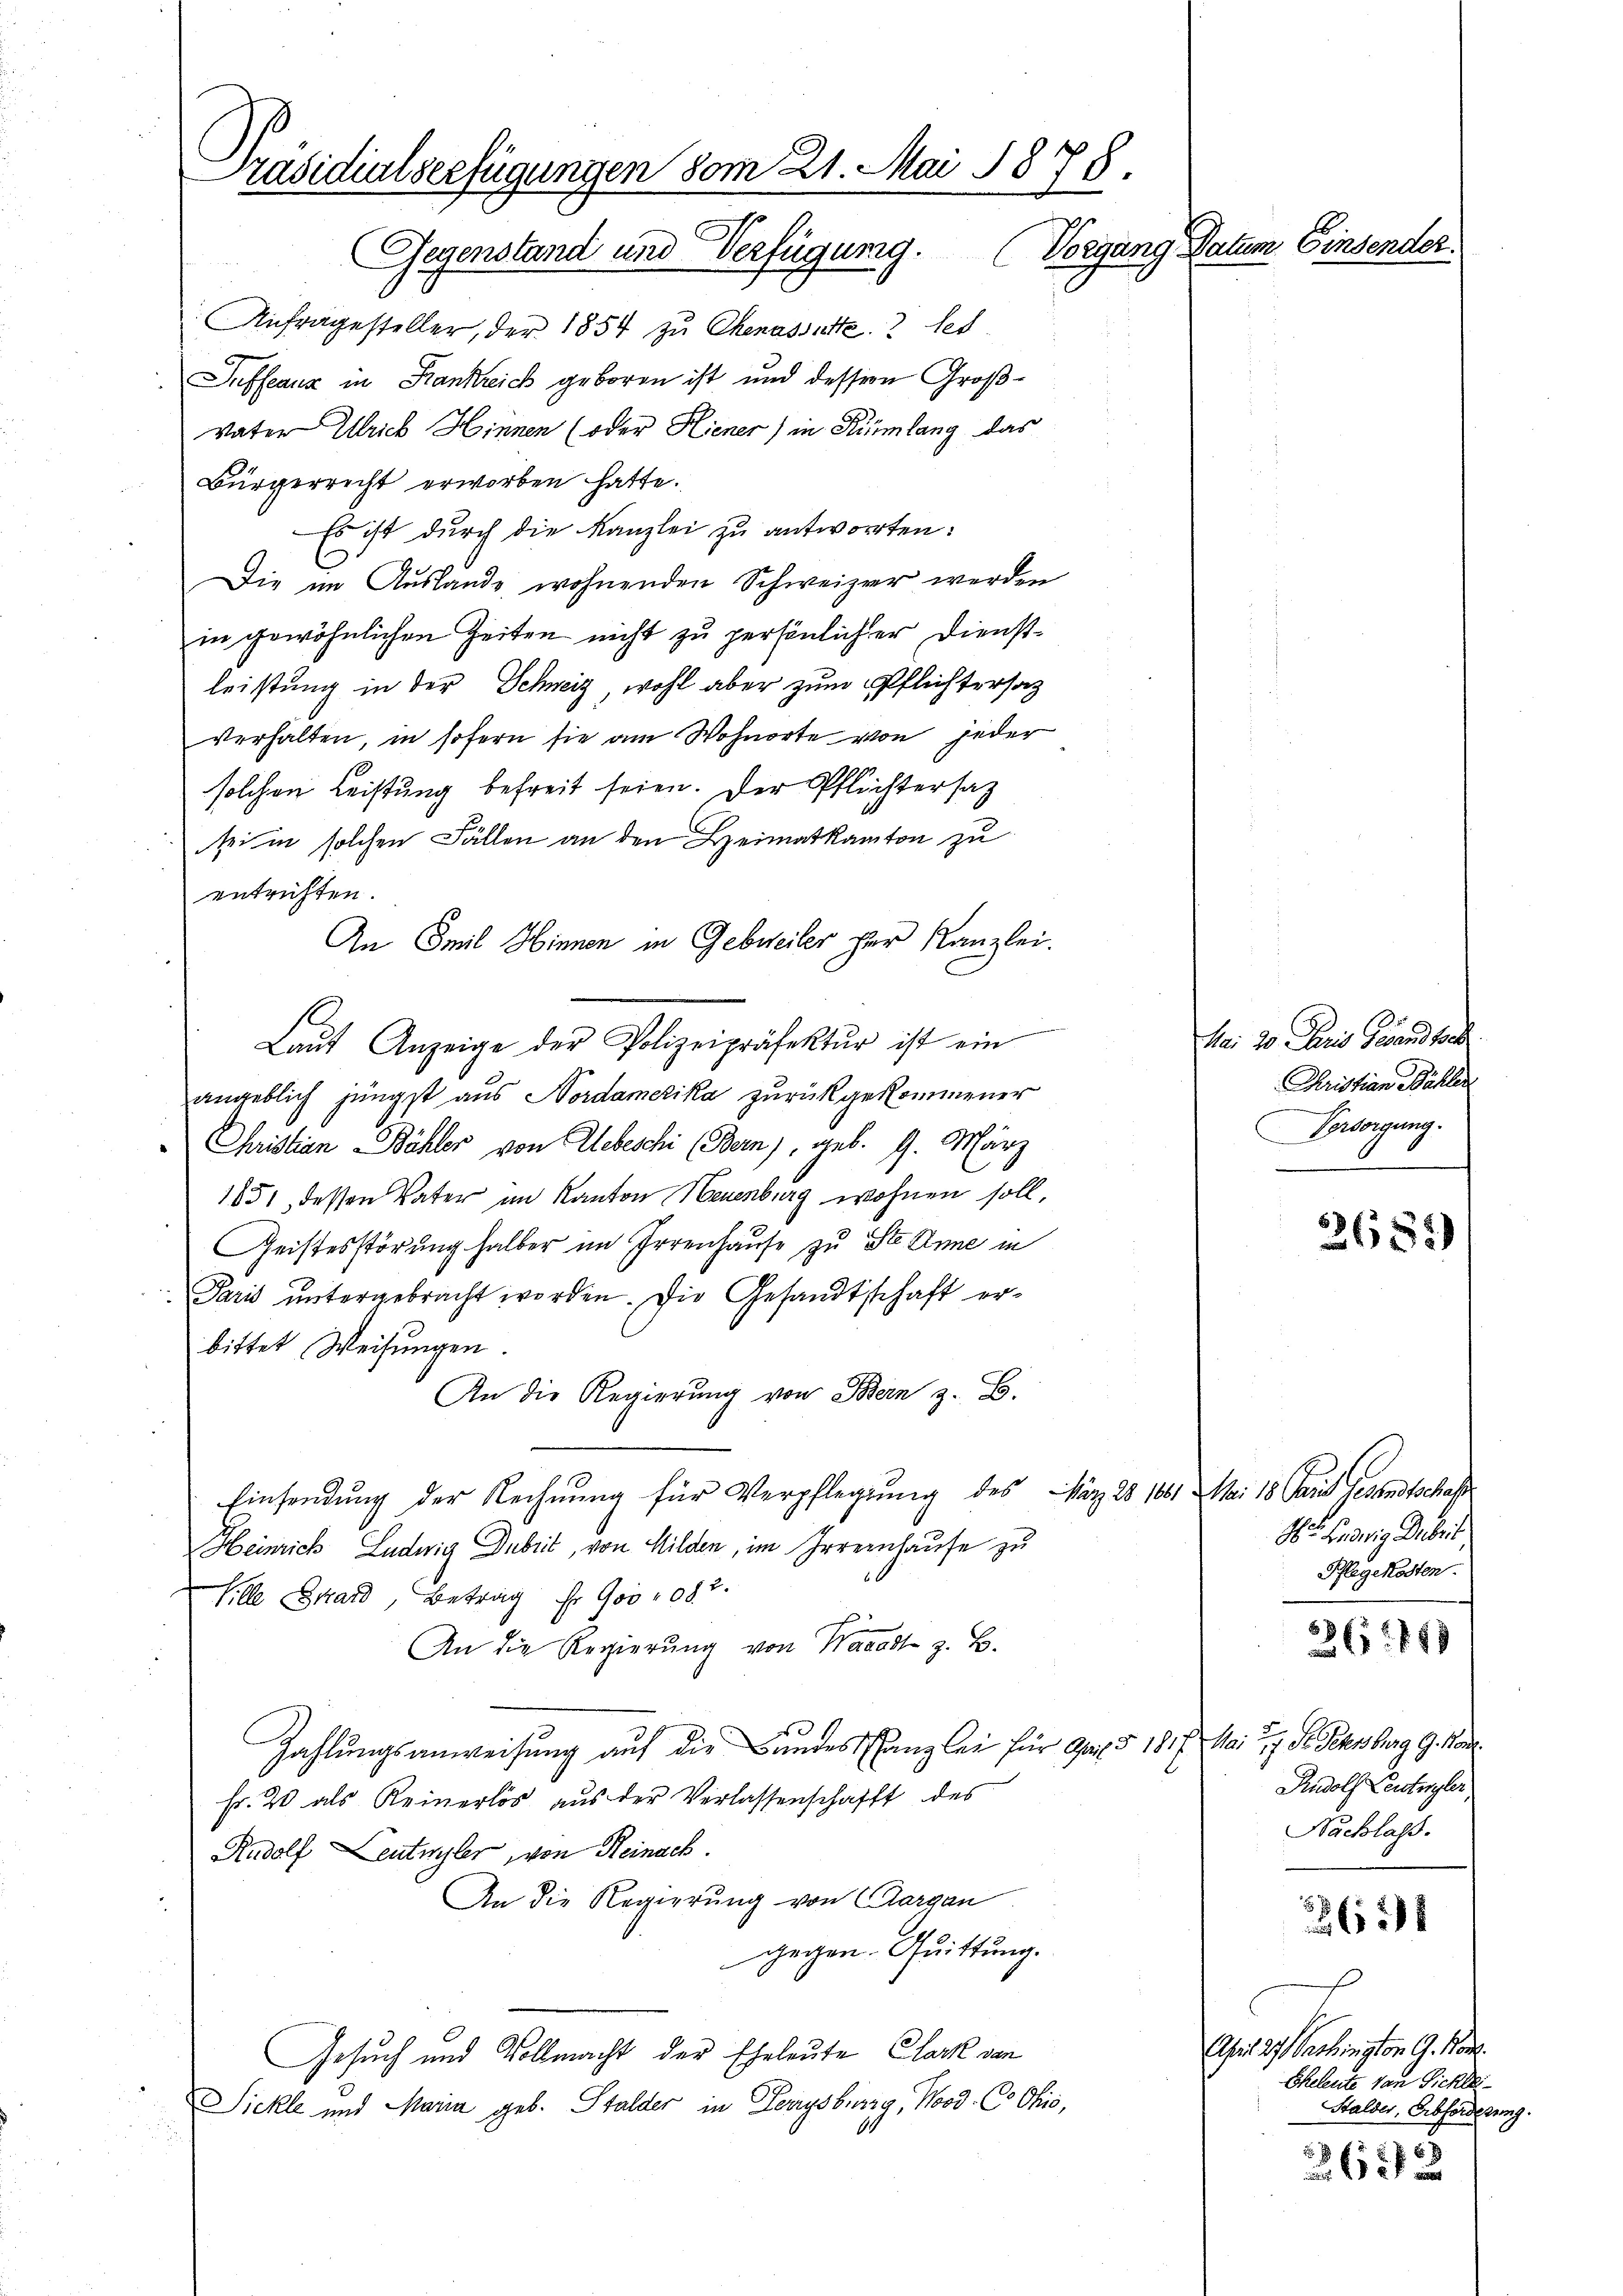
Präsidialserfügungen vom 21. Mai 1875.
Vorgang Datum. Einsender.
Gegenstand und Verfügung.

Anfragesteller, der 1854 zu Chenassatte les
Suffranz in Krankreich geboren ist und dessern Groß¬
Vater Ulrich Hinnen (oder Hiener) in Rümlang das
Bürgerrecht erworben hatte.
Es ist durch die Kanzlei zu antworten:
Die im Auslande, wohnenden Schweizer werden
in gewöhnlichen Zeiten nicht zu persönlicher Dienst-
leistung in der Schweiz, wohl aber zum Pflichtersag
Verhalten, in sofern sie am Wohnorte von jeder
solchen Leistung befreit seien. Der Pflichtersatz
si in solchen Fällen an den Heimatkanton zu
entrichten.
An Emil Hinnen in Gebreiter her Kanzlei.
Laŭt Anzeige der Polizeipräfektŭr ist ein
angeblich jüngst aus Nordamerika zurückgekommener
Christian Bähler von Alebeschi (Bern), geb. 9. März
1851 dessen Vater im Kanton Neuenburg wohnen soll,
Geistesstörung halber im Irrenhause zu St. Anne in
Paris untergebracht worden. Die Gesandtschaft erbittet Weisungen.
An die Regierung von Bern z. B.
Einsendung der Rechnung für Verpflegung des März 28 1861 Mai 18. Jans Gesandtschaf
Heinrich, Ludwig Dubrit, von Hilden, im Irrenhause zu
Ville hard, Betrag ihr Goo 1082.
An die Regierung von Waadt z. B.
Zahlungsanweisung auf die Bundes Canzlei für Ges. § 1817. Mai d. 7. d. Gegensberg G. Kan
Fr. 20 als Reinerlös aus der Verlassenschafft des
Rudolf Leutmyler, von Reinack.
An die Regierung von Aargau
gegen. Quittung.
Gesuch und Vollmacht der Eheleute Clark von
Sickle und Maria geb. Stalder in Terrysburg, Wood. Co Ohio,

Mai 20. Paris Gesandten.
Christian Wähler
Versorgung.

3685)

Sr. Ende Debut
Pflegekosten.

261. 749

Rudolf Leutengler,
Nachlass.

628

April 27 Vechington G. Vort.
Eheleute von Pichlei
Halder, Erbforderung.

2